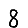
Digit: 8